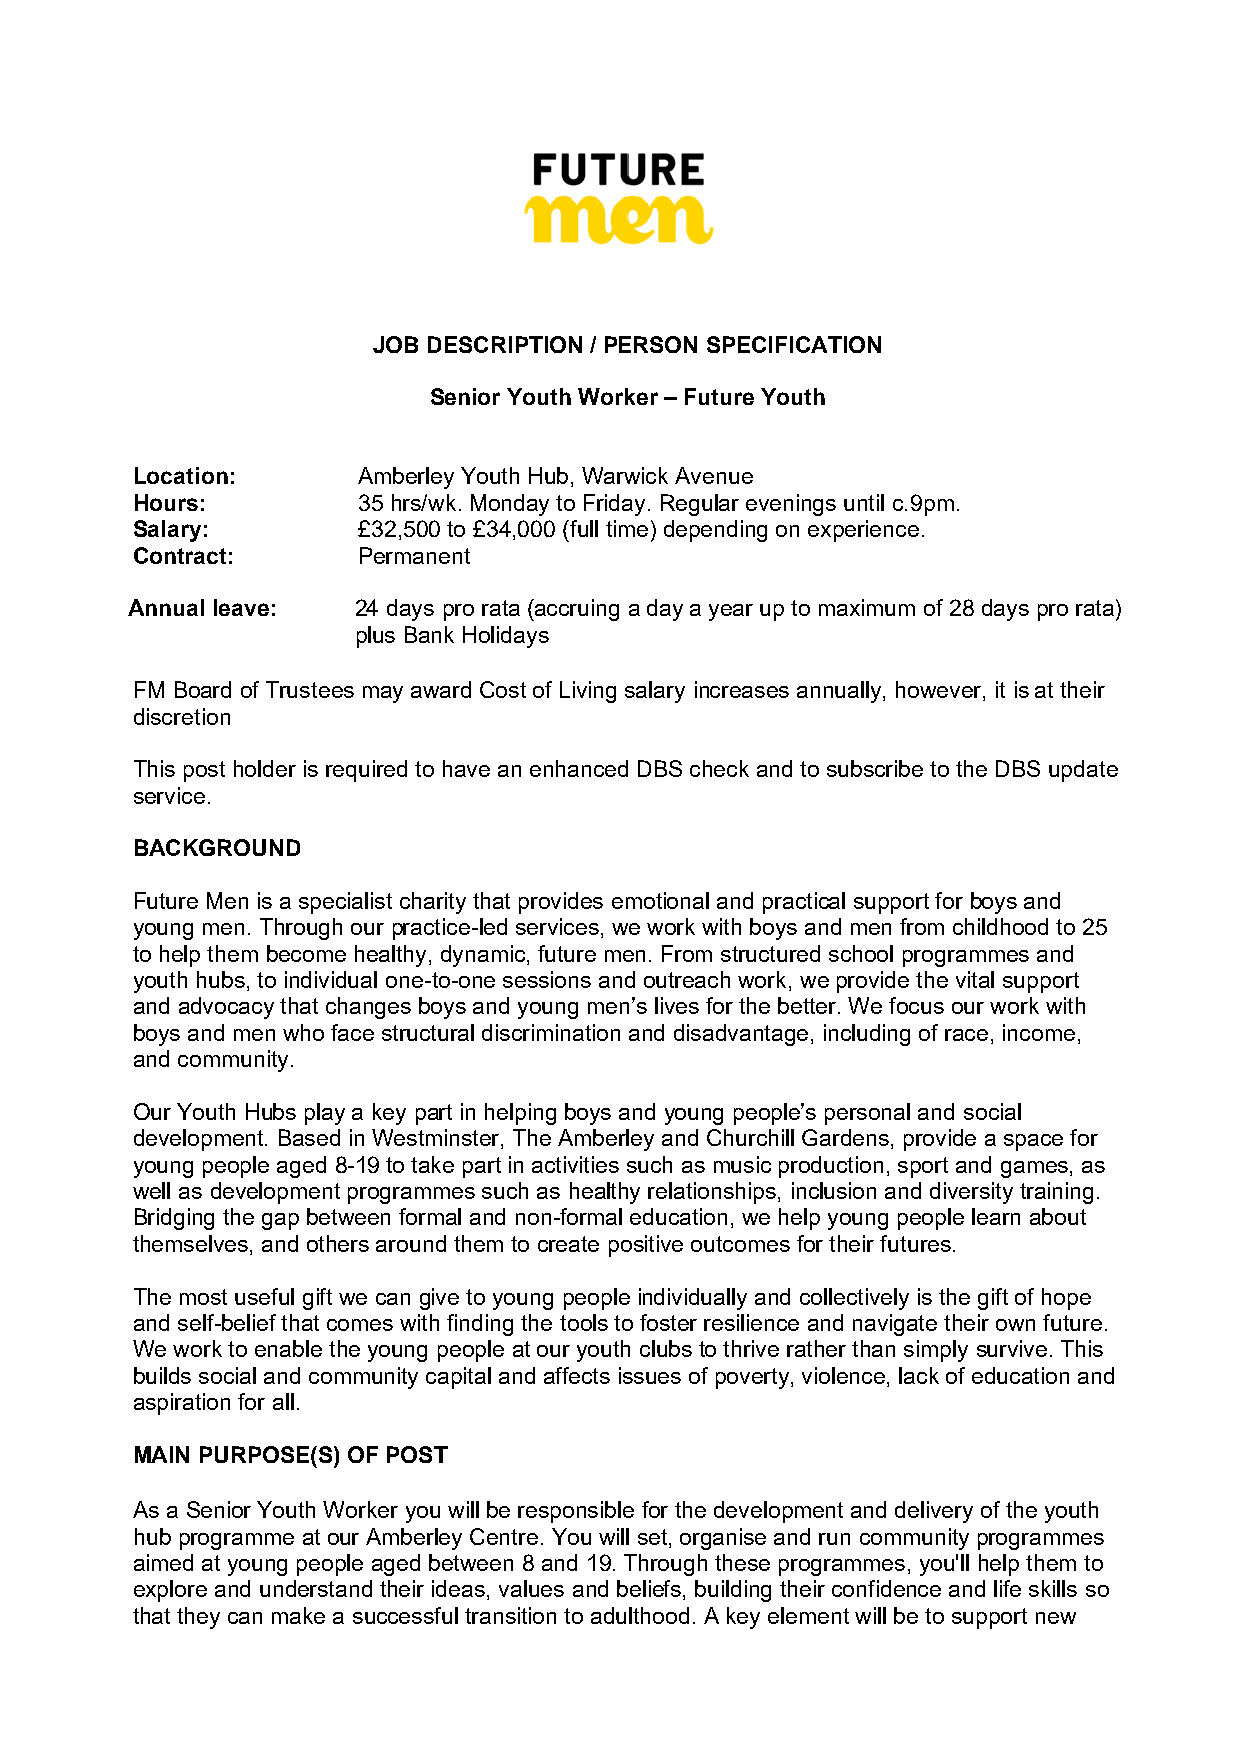
JOB DESCRIPTION / PERSON SPECIFICATION
 Senior Youth Worker – Future Youth
 Location:      Amberley Youth Hub, Warwick Avenue
 Hours:         35 hrs/wk. Monday to Friday. Regular evenings until c.9pm.
 Salary:        £32,500 to £34,000 (full time) depending on experience.
 Contract:      Permanent
 Annual leave:  24 days pro rata (accruing a day a year up to maximum of 28 days pro rata)
 plus Bank Holidays
 FM Board of Trustees may award Cost of Living salary increases annually, however, it is at their
 discretion
 This post holder is required to have an enhanced DBS check and to subscribe to the DBS update
 service.
 BACKGROUND
 Future Men is a specialist charity that provides emotional and practical support for boys and
 young men. Through our practice-led services, we work with boys and men from childhood to 25
 to help them become healthy, dynamic, future men. From structured school programmes and
 youth hubs, to individual one-to-one sessions and outreach work, we provide the vital support
 and advocacy that changes boys and young men’s lives for the better. We focus our work with
 boys and men who face structural discrimination and disadvantage, including of race, income,
 and community.
 Our Youth Hubs play a key part in helping boys and young people’s personal and social
 development. Based in Westminster, The Amberley and Churchill Gardens, provide a space for
 young people aged 8-19 to take part in activities such as music production, sport and games, as
 well as development programmes such as healthy relationships, inclusion and diversity training.
 Bridging the gap between formal and non-formal education, we help young people learn about
 themselves, and others around them to create positive outcomes for their futures.
 The most useful gift we can give to young people individually and collectively is the gift of hope
 and self-belief that comes with finding the tools to foster resilience and navigate their own future.
 We work to enable the young people at our youth clubs to thrive rather than simply survive. This
 builds social and community capital and affects issues of poverty, violence, lack of education and
 aspiration for all.
 MAIN PURPOSE(S) OF POST
 As a Senior Youth Worker you will be responsible for the development and delivery of the youth
 hub programme at our Amberley Centre. You will set, organise and run community programmes
 aimed at young people aged between 8 and 19. Through these programmes, you'll help them to
 explore and understand their ideas, values and beliefs, building their confidence and life skills so
 that they can make a successful transition to adulthood. A key element will be to support new